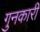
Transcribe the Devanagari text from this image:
गुनकारी